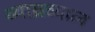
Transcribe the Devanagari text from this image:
व्याघ्रव्याल